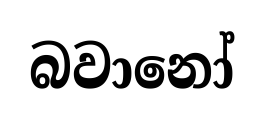
බවානෝ